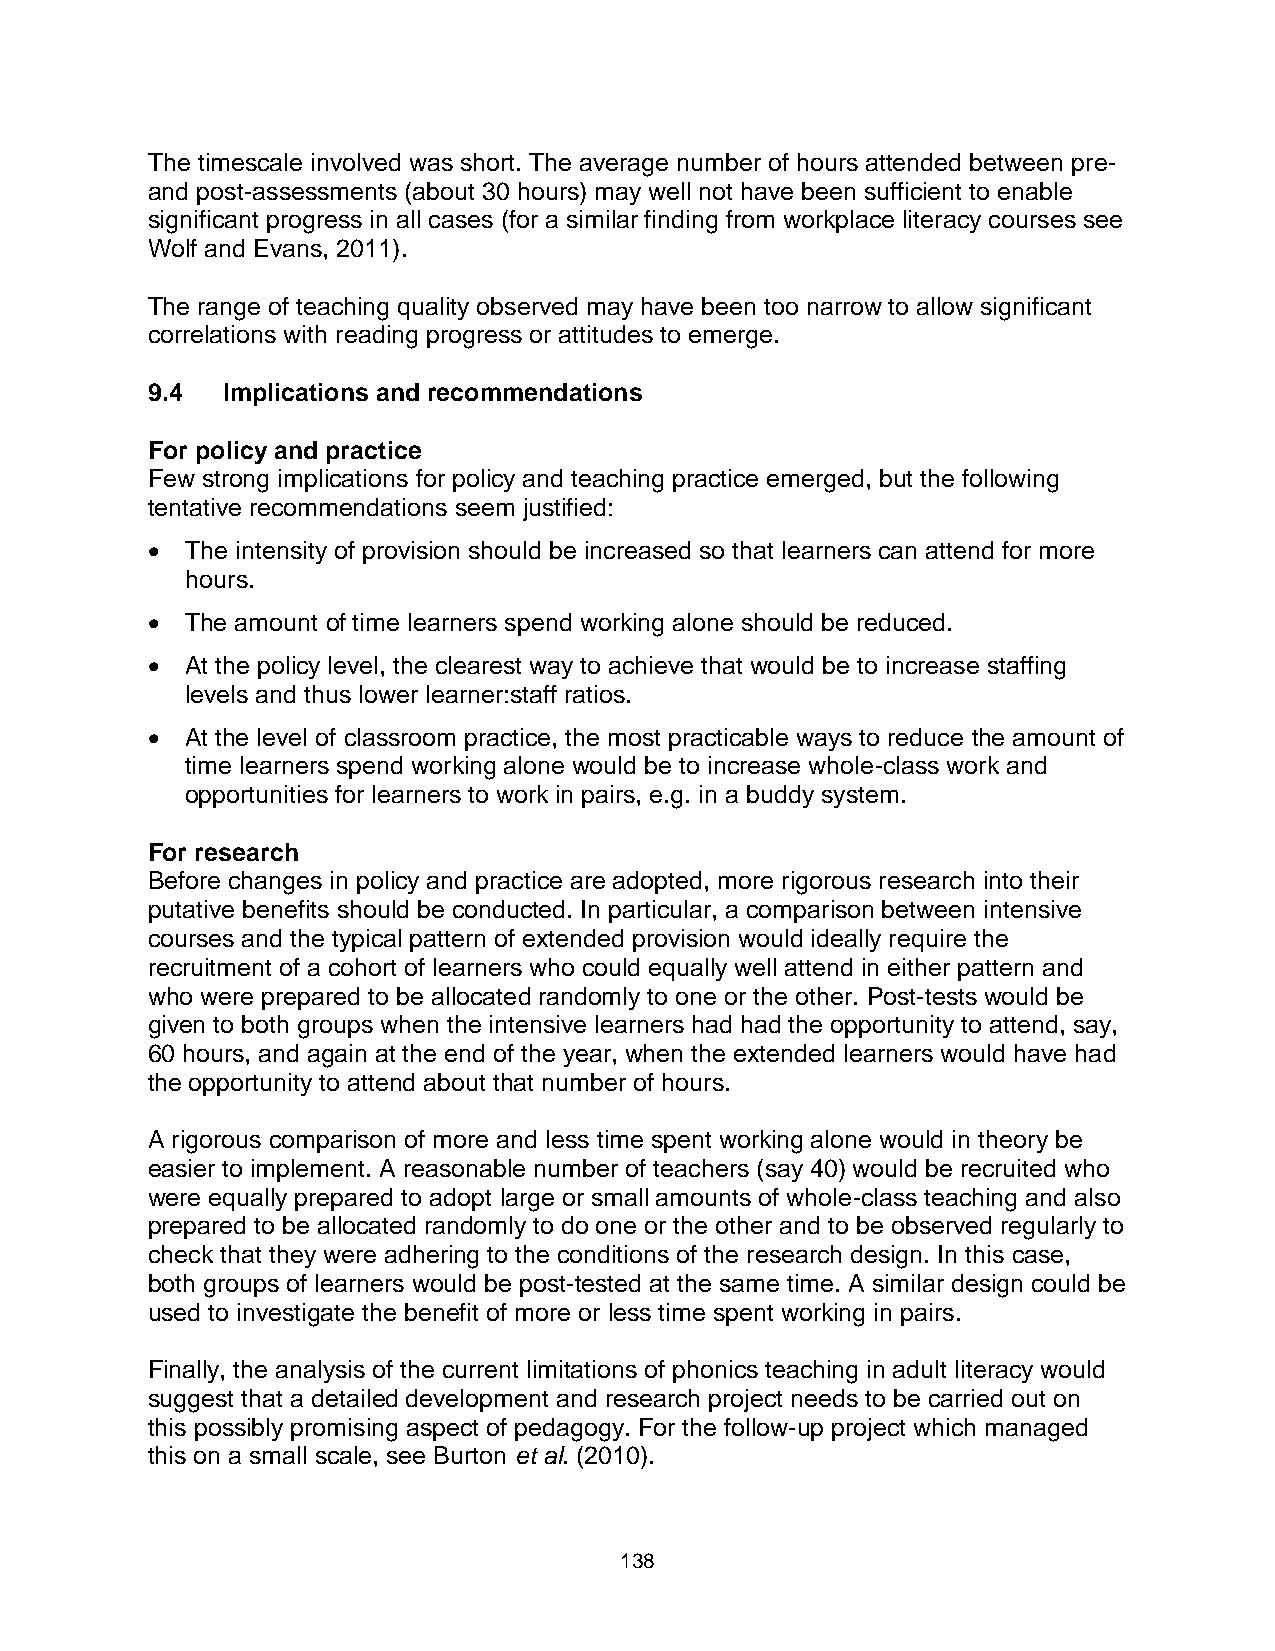
The timescale involved was short. The average number of hours attended between pre-
 and post-assessments (about 30 hours) may well not have been sufficient to enable
 significant progress in all cases (for a similar finding from workplace literacy courses see
 Wolf and Evans, 2011).
 The range of teaching quality observed may have been too narrow to allow significant
 correlations with reading progress or attitudes to emerge.
 9.4  Implications and recommendations
 For policy and practice
 Few strong implications for policy and teaching practice emerged, but the following
 tentative recommendations seem justified:
  The intensity of provision should be increased so that learners can attend for more
 hours.
  The amount of time learners spend working alone should be reduced.
  At the policy level, the clearest way to achieve that would be to increase staffing
 levels and thus lower learner:staff ratios.
  At the level of classroom practice, the most practicable ways to reduce the amount of
 time learners spend working alone would be to increase whole-class work and
 opportunities for learners to work in pairs, e.g. in a buddy system.
 For research
 Before changes in policy and practice are adopted, more rigorous research into their
 putative benefits should be conducted. In particular, a comparison between intensive
 courses and the typical pattern of extended provision would ideally require the
 recruitment of a cohort of learners who could equally well attend in either pattern and
 who were prepared to be allocated randomly to one or the other. Post-tests would be
 given to both groups when the intensive learners had had the opportunity to attend, say,
 60 hours, and again at the end of the year, when the extended learners would have had
 the opportunity to attend about that number of hours.
 A rigorous comparison of more and less time spent working alone would in theory be
 easier to implement. A reasonable number of teachers (say 40) would be recruited who
 were equally prepared to adopt large or small amounts of whole-class teaching and also
 prepared to be allocated randomly to do one or the other and to be observed regularly to
 check that they were adhering to the conditions of the research design. In this case,
 both groups of learners would be post-tested at the same time. A similar design could be
 used to investigate the benefit of more or less time spent working in pairs.
 Finally, the analysis of the current limitations of phonics teaching in adult literacy would
 suggest that a detailed development and research project needs to be carried out on
 this possibly promising aspect of pedagogy. For the follow-up project which managed
 this on a small scale, see Burton et al. (2010).
 138